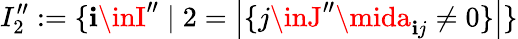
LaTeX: I_{2}^{\prime\prime}:=\{ \mathbf{i}\inI^{\prime\prime}\mid2=\left|\{ j\inJ^{\prime\prime}\mida_{\mathbf{i}j}\neq0\} \right|\}